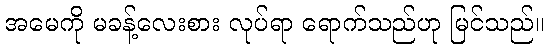
အမေကို မခန့်လေးစား လုပ်ရာ ရောက်သည်ဟု မြင်သည်။